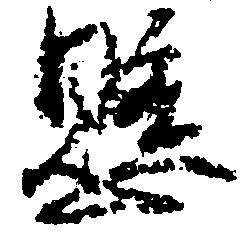
懸